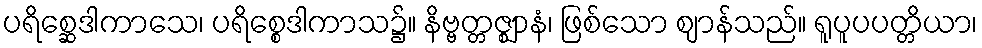
ပရိစ္ဆေဒါကာသေ၊ ပရိစ္စေဒါကာသ၌။ နိဗ္ဗတ္တဇ္ဈာနံ၊ ဖြစ်သော ဈာန်သည်။ ရူပူပပတ္တိယာ၊